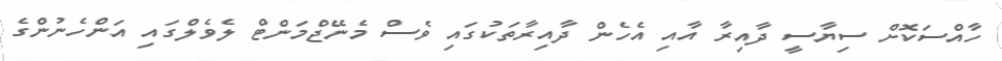
ހާއްސަކޮށް ސިޔާސީ ދާއިރާ އާއި އެހެން ދާއިރާތަކުގައި ވެސް މެނޭޖްމަންޓް ލެވެލްގައި އަންހެނުންގެ